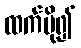
ထက်ပို၍